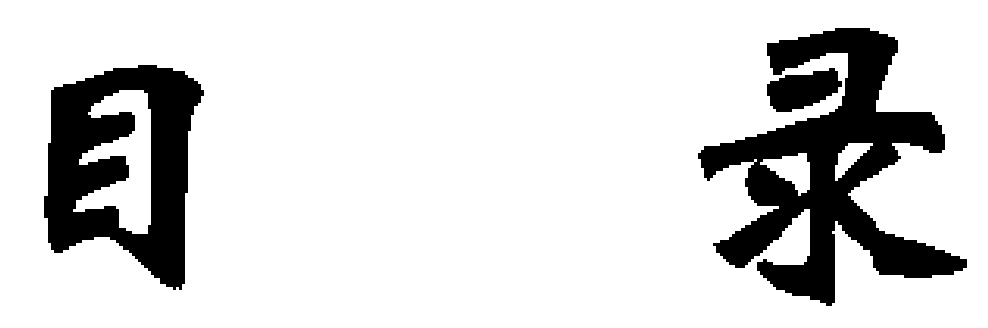
目录